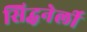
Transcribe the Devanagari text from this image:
सिद्धनेर्ली